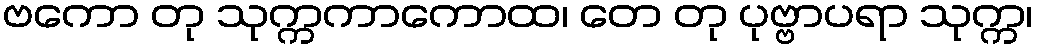
ဗကော တု သုက္ကကာကောထ၊ တေ တု ပုဗ္ဗာပရာ သုက္က၊